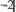
-2